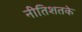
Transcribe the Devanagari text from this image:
नीतिशतके